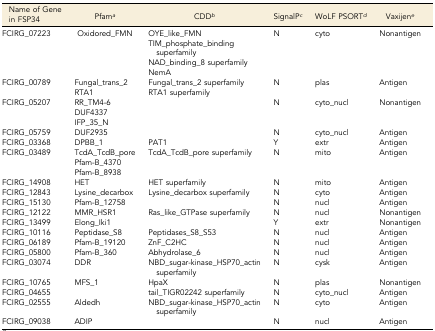
| Name of Gene in FSP34 | Pfama | CDDb | SignalPc | WoLF PSORTd | Vaxijene |
 | --- | --- | --- | --- | --- | --- |
 | <ROWSPAN=4> FCIRG_07223 | <ROWSPAN=4> Oxidored_FMN | OYE_like_FMN | <ROWSPAN=4> N | <ROWSPAN=4> cyto | <ROWSPAN=4> Nonantigen |
 | TIM_phosphate_binding superfamily |
 | NAD_binding_8 superfamily |
 | NemA |
 | <ROWSPAN=2> FCIRG_00789 | Fungal_trans_2 | Fungal_trans_2 superfamily | <ROWSPAN=2> N | <ROWSPAN=2> plas | <ROWSPAN=2> Antigen |
 | RTA1 | RTA1 superfamily |
 | <ROWSPAN=3> FCIRG_05207 | RR_TM4-6 | <ROWSPAN=3>  | <ROWSPAN=3> N | <ROWSPAN=3> cyto_nucl | <ROWSPAN=3> Nonantigen |
 | DUF4337 |
 | IFP_35_N |
 | FCIRG_05759 | DUF2935 |  | N | cyto_nucl | Antigen |
 | FCIRG_03368 | DPBB_1 | PAT1 | Y | extr | Antigen |
 | <ROWSPAN=3> FCIRG_03489 | TcdA_TcdB_pore | <ROWSPAN=3> TcdA_TcdB_pore superfamily | <ROWSPAN=3> N | <ROWSPAN=3> mito | <ROWSPAN=3> Antigen |
 | Pfam-B_4370 |
 | Pfam-B_8938 |
 | FCIRG_14908 | HET | HET superfamily | N | mito | Antigen |
 | FCIRG_12843 | Lysine_decarbox | Lysine_decarbox superfamily | N | cyto | Antigen |
 | FCIRG_15130 | Pfam-B_12758 |  | N | nucl | Antigen |
 | FCIRG_12122 | MMR_HSR1 | Ras_like_GTPase superfamily | N | nucl | Nonantigen |
 | FCIRG_13499 | Elong_Iki1 |  | Y | extr | Nonantigen |
 | FCIRG_10116 | Peptidase_S8 | Peptidases_S8_S53 | N | nucl | Antigen |
 | FCIRG_06189 | Pfam-B_19120 | ZnF_C2HC | N | nucl | Antigen |
 | FCIRG_05800 | Pfam-B_360 | Abhydrolase_6 | N | nucl | Antigen |
 | FCIRG_03074 | DDR | NBD_sugar-kinase_HSP70_actin superfamily | N | cysk | Antigen |
 | FCIRG_10765 | MFS_1 | HpaX | N | plas | Nonantigen |
 | FCIRG_04655 |  | tail_TIGR02242 superfamily | N | cyto_nucl | Antigen |
 | FCIRG_02555 | Aldedh | NBD_sugar-kinase_HSP70_actin superfamily | N | cyto | Antigen |
 | FCIRG_09038 | ADIP |  | N | nucl | Antigen |